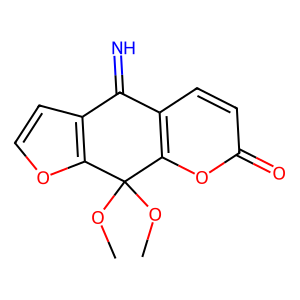
SMILES: COC1(OC)c2occc2C(=N)c2ccc(=O)oc21
Inhibits HIV replication: No